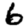
Digit: 6